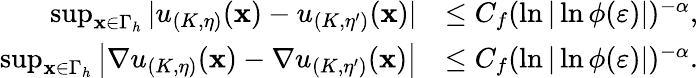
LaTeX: \begin{array}{rl}{\operatorname*{sup}_{\mathbf x\in\Gamma_{h}}|u_{(K,\eta)}(\mathbf x)-u_{(K,\eta^{\prime})}(\mathbf x)|}&{\leq C_{f}(\ln|\ln\phi(\varepsilon)|)^{-\alpha},}\\ {\operatorname*{sup}_{\mathbf x\in\Gamma_{h}}\left|\nabla u_{(K,\eta)}(\mathbf x)-\nabla u_{(K,\eta^{\prime})}(\mathbf x)\right|}&{\leq C_{f}(\ln|\ln\phi(\varepsilon)|)^{-\alpha}.}\end{array}